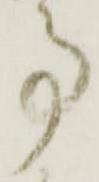
事